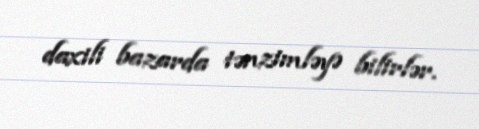
daxili bazarda tənzimləyə bilirlər.